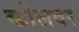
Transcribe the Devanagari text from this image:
कोलवर